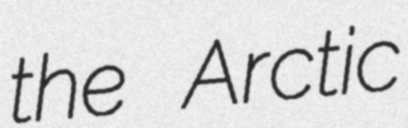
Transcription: the Arctic